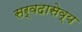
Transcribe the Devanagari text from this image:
सर्वदासेव्य